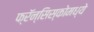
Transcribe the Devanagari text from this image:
फ्रॅन्सिस्कोमध्ये